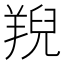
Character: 䍲